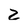
Character: Z